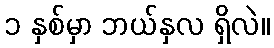
၁ နှစ်မှာ ဘယ်နှလ ရှိလဲ။